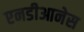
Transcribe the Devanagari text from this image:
एनडीआनेस